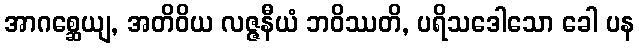
အာဂစ္ဆေယျ, အတိဝိယ လဇ္ဇနီယံ ဘဝိဿတိ, ပရိသဒေါသော ခေါ ပန